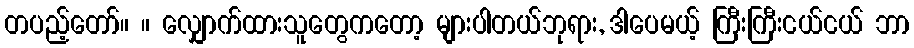
တပည့်တော်။ ။ လျှောက်ထားသူတွေကတော့ များပါတယ်ဘုရား, ဒါပေမယ့် ကြီးကြီးငယ်ငယ် ဘာ